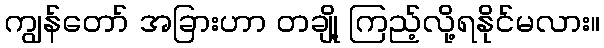
ကျွန်တော် အခြားဟာ တချို့ ကြည့်လို့ရနိုင်မလား။